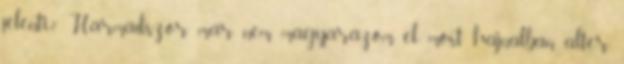
jelenti? Harmadszor már nem magyarázom el most hajnalban. alter,